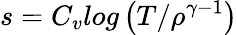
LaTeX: s=C_{v}log\left(T/\rho^{\gamma-1}\right)